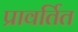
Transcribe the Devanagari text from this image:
प्रावर्तित